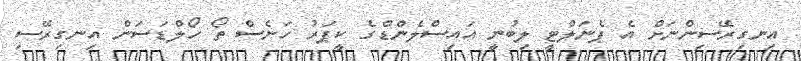
އިނގިރޭސިންނަށް އެ ޕެނަލްޓީ ލިބުނީ އައިސްލެންޑްގެ ކީޕަރު ހަނެސް ތޯ ހޯލްޑަސަން އިނގިރޭސި